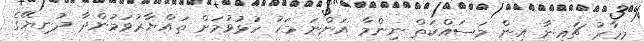
މިހާރު ޗައިނާ އިން މަސައްކަތް ނިންމާ އަންނަ މަހު ހުޅުވުމަށް ތައްޔާރުވަމުންދާ ދުނިޔޭގެ